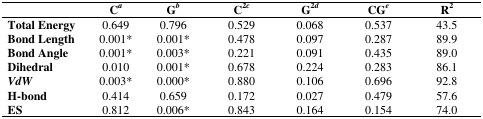
<table><thead><tr><td></td><td><b>Ca</b></td><td><b>Gb</b></td><td><b>C<sup>2</sup>c</b></td><td><b>G<sup>2</sup>d</b></td><td><b>CGe</b></td><td><b>R<sup>2</sup></b></td></tr></thead><tbody><tr><td><b>Total Energy</b></td><td>0.649</td><td>0.796</td><td>0.529</td><td>0.068</td><td>0.537</td><td>43.5</td></tr><tr><td><b>Bond Length</b></td><td>0.001*</td><td>0.001*</td><td>0.478</td><td>0.097</td><td>0.287</td><td>89.9</td></tr><tr><td><b>Bond Angle</b></td><td>0.001*</td><td>0.003*</td><td>0.221</td><td>0.091</td><td>0.435</td><td>89.0</td></tr><tr><td><b>Dihedral</b></td><td>0.010</td><td>0.001*</td><td>0.678</td><td>0.224</td><td>0.283</td><td>86.1</td></tr><tr><td><b><i>VdW</i></b></td><td>0.003*</td><td>0.000*</td><td>0.880</td><td>0.106</td><td>0.696</td><td>92.8</td></tr><tr><td><b>H-bond</b></td><td>0.414</td><td>0.659</td><td>0.172</td><td>0.027</td><td>0.479</td><td>57.6</td></tr><tr><td><b>ES</b></td><td>0.812</td><td>0.006*</td><td>0.843</td><td>0.164</td><td>0.154</td><td>74.0</td></tr></tbody></table>